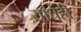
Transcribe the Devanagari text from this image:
याचेंही